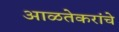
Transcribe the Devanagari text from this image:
आळतेकरांचे